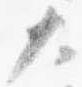
大